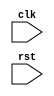
module behavioral_modeling_block(
    input wire clk,
    input wire rst,
    // Add input and output ports here
    
);

// Declare any signals or registers here

always @(posedge clk or negedge rst) begin
    // Add your logic here
    // This block will trigger on positive edge of clk or negative edge of rst
end

endmodule